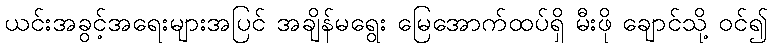
ယင်းအခွင့်အရေးများအပြင် အချိန်မရွေး မြေအောက်ထပ်ရှိ မီးဖို ချောင်သို့ ဝင်၍